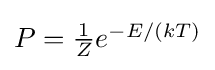
\textstyle P={\frac {1}{Z}}e^{-E/(kT)}